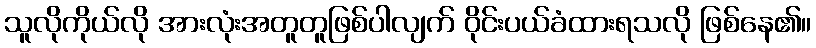
သူလိုကိုယ်လို အားလုံးအတူတူဖြစ်ပါလျက် ဝိုင်းပယ်ခံထားရသလို ဖြစ်နေ၏။